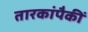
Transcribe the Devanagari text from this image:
तारकांपैकीं